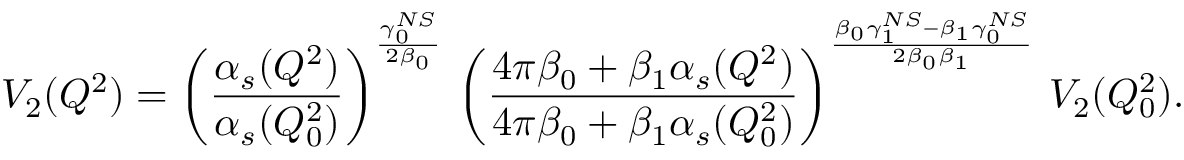
V _ { 2 } ( Q ^ { 2 } ) = \left( \frac { \alpha _ { s } ( Q ^ { 2 } ) } { \alpha _ { s } ( Q _ { 0 } ^ { 2 } ) } \right) ^ { \frac { \gamma _ { 0 } ^ { N S } } { 2 \beta _ { 0 } } } \, \left( \frac { 4 \pi \beta _ { 0 } + \beta _ { 1 } \alpha _ { s } ( Q ^ { 2 } ) } { 4 \pi \beta _ { 0 } + \beta _ { 1 } \alpha _ { s } ( Q _ { 0 } ^ { 2 } ) } \right) ^ { \frac { \beta _ { 0 } \gamma _ { 1 } ^ { N S } - \beta _ { 1 } \gamma _ { 0 } ^ { N S } } { 2 \beta _ { 0 } \beta _ { 1 } } } \, V _ { 2 } ( Q _ { 0 } ^ { 2 } ) .